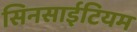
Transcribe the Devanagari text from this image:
सिनसाईटियम